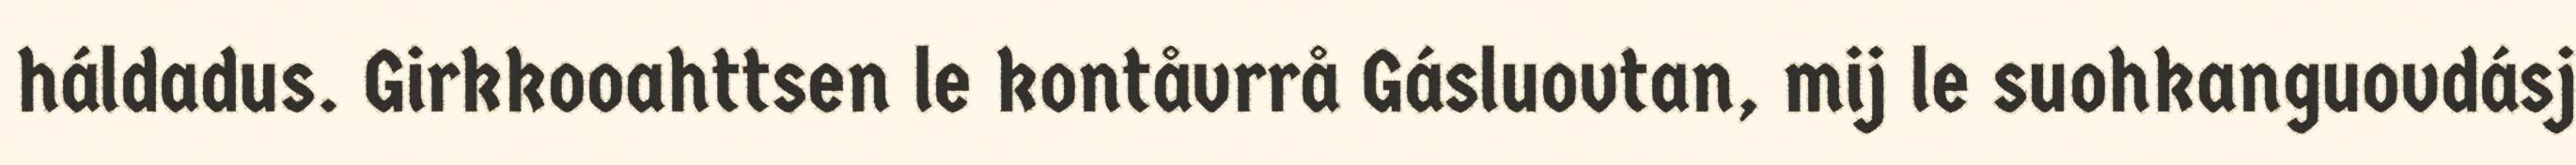
háldadus. Girkkooahttsen le kontåvrrå Gásluovtan, mij le suohkanguovdásj